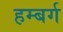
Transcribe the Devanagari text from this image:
हम्बर्ग